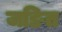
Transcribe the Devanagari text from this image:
जङित